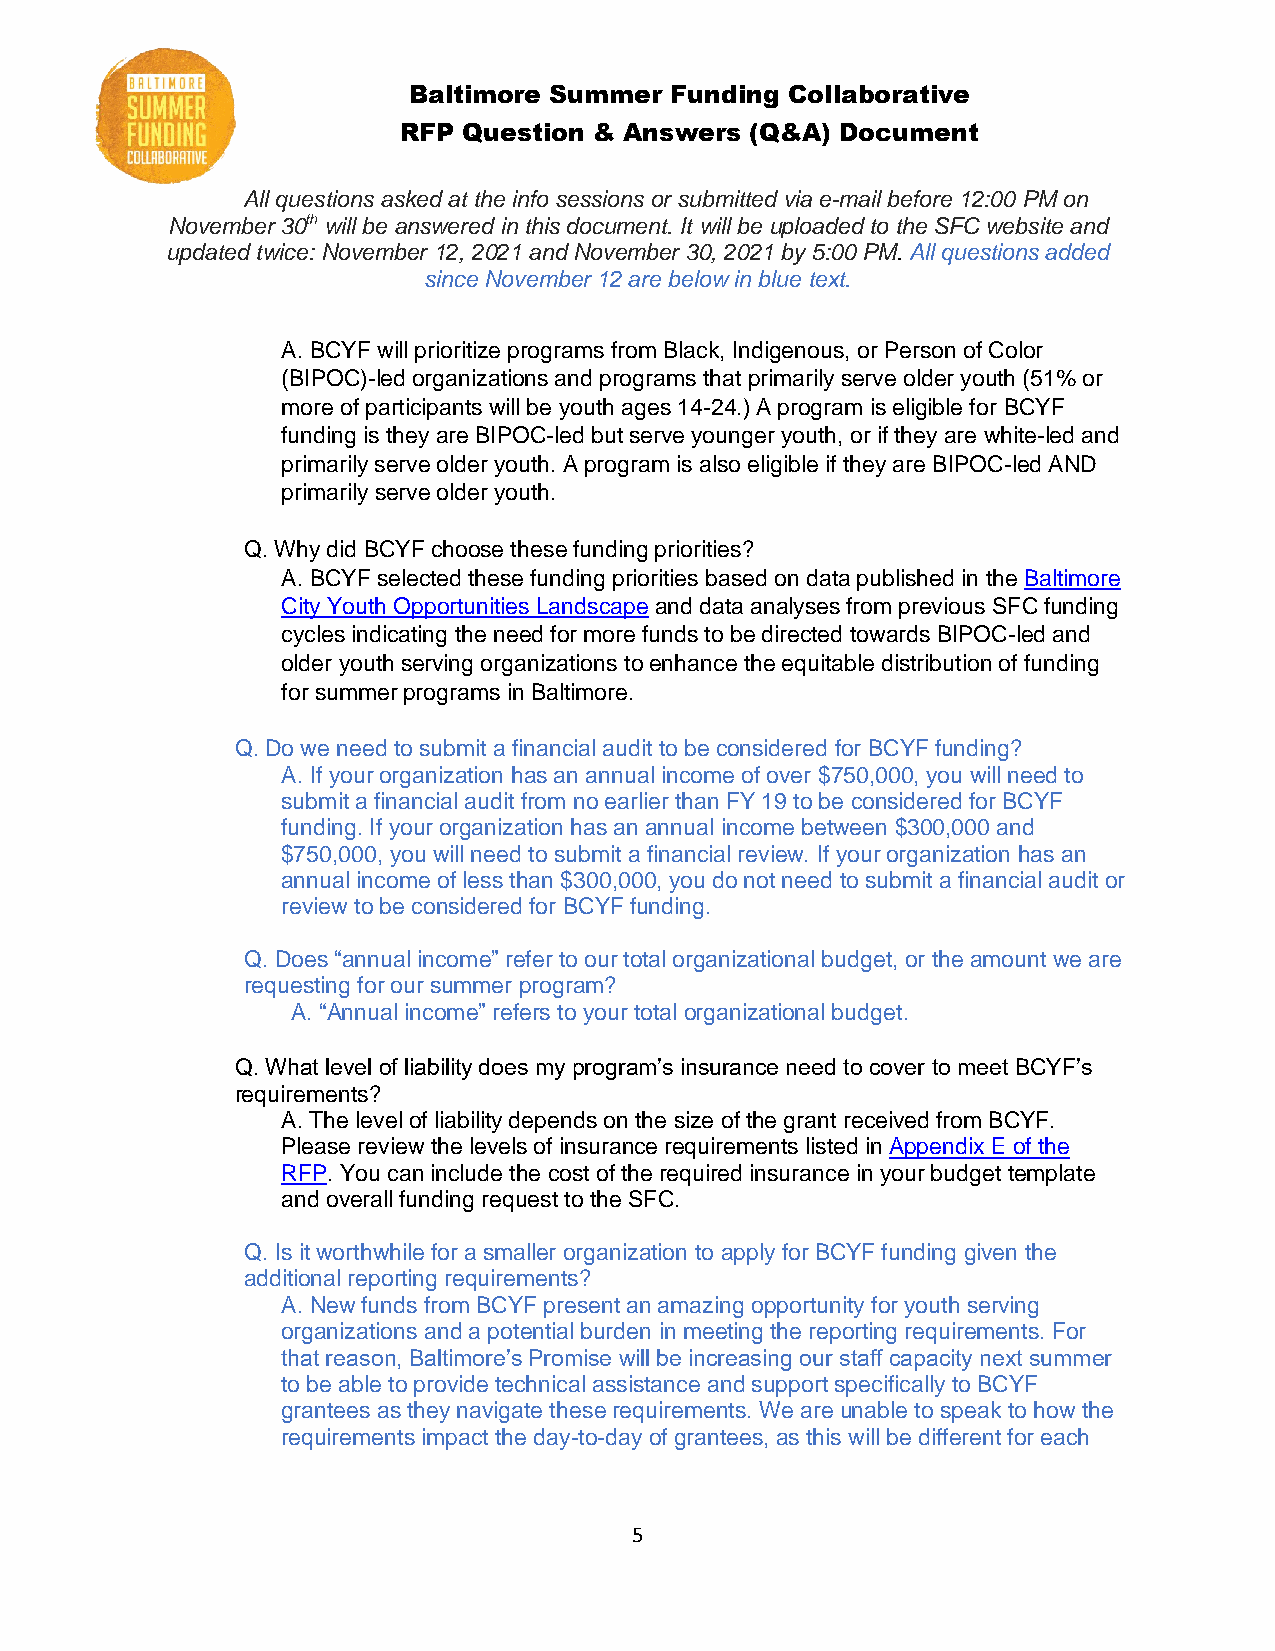
Baltimore Summer Funding Collaborative
 RFP  Question & Answers (Q&A) Document
 All questions asked at the info sessions or submitted via e-mail before 12:00 PM on
 November 30th will be answered in this document. It will be uploaded to the SFC website and
 updated twice: November 12, 2021 and November 30, 2021 by 5:00 PM. All questions added
 since November 12 are below in blue text.
 A. BCYF will prioritize programs from Black, Indigenous, or Person of Color
 (BIPOC)-led organizations and programs that primarily serve older youth (51% or
 more of participants will be youth ages 14-24.) A program is eligible for BCYF
 funding is they are BIPOC-led but serve younger youth, or if they are white-led and
 primarily serve older youth. A program is also eligible if they are BIPOC-led AND
 primarily serve older youth.
 Q. Why did BCYF choose these funding priorities?
 A. BCYF selected these funding priorities based on data published in the Baltimore
 City Youth Opportunities Landscape and data analyses from previous SFC funding
 cycles indicating the need for more funds to be directed towards BIPOC-led and
 older youth serving organizations to enhance the equitable distribution of funding
 for summer programs in Baltimore.
 Q. Do we need to submit a financial audit to be considered for BCYF funding?
 A. If your organization has an annual income of over $750,000, you will need to
 submit a financial audit from no earlier than FY 19 to be considered for BCYF
 funding. If your organization has an annual income between $300,000 and
 $750,000, you will need to submit a financial review. If your organization has an
 annual income of less than $300,000, you do not need to submit a financial audit or
 review to be considered for BCYF funding.
 Q. Does “annual income” refer to our total organizational budget, or the amount we are
 requesting for our summer program?
 A. “Annual income” refers to your total organizational budget.
 Q. What level of liability does my program’s insurance need to cover to meet BCYF’s
 requirements?
 A. The level of liability depends on the size of the grant received from BCYF.
 Please review the levels of insurance requirements listed in Appendix E of the
 RFP. You can include the cost of the required insurance in your budget template
 and overall funding request to the SFC.
 Q. Is it worthwhile for a smaller organization to apply for BCYF funding given the
 additional reporting requirements?
 A. New funds from BCYF present an amazing opportunity for youth serving
 organizations and a potential burden in meeting the reporting requirements. For
 that reason, Baltimore’s Promise will be increasing our staff capacity next summer
 to be able to provide technical assistance and support specifically to BCYF
 grantees as they navigate these requirements. We are unable to speak to how the
 requirements impact the day-to-day of grantees, as this will be different for each
 5